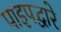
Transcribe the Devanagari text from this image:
पाइपद्वारे